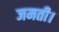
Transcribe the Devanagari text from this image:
जमती।